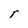
Character: r